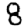
Digit: 8